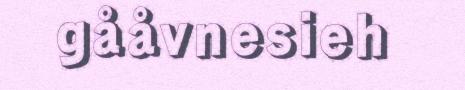
gååvnesieh